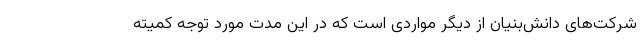
شرکت‌های دانش‌بنیان از دیگر مواردی است که در این مدت مورد توجه کمیته